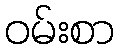
ဝမ်းစာ